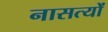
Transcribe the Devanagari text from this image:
नासत्यों